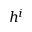
h ^ { i }